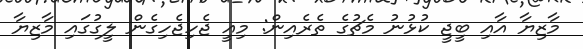
މާޒިޔާ އާއި ބީޖީ ކުޅުނު މެޗުގެ ތެރެއިން: މިއީ ޖެހިޖެހިގެން ލީގުގައި މާޒިޔާ